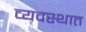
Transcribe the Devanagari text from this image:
व्यवस्थात